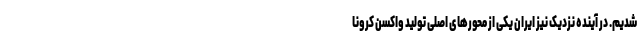
شدیم. در آینده نزدیک نیز ایران یکی از محور‌های اصلی تولید واکسن کرونا